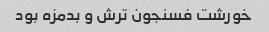
خورشت فسنجون ترش و بدمزه بود